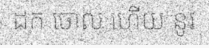
ដក ចោល ហើយ នូវ